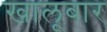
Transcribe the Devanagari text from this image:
खालूबार